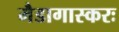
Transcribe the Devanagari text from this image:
मैडागास्करः